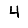
Digit: 4